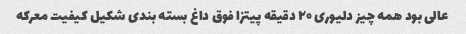
عالی بود همه چیز دلیوری ۲۰ دقیقه پیتزا فوق داغ بسته بندی شکیل کیفیت معرکه